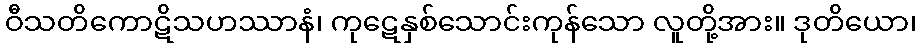
ဝီသတိကောဋိသဟဿာနံ၊ ကုဋေနှစ်သောင်းကုန်သော လူတို့အား။ ဒုတိယော၊